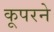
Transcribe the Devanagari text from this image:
कूपरने